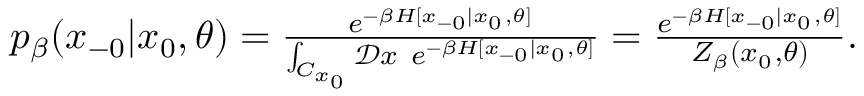
\begin{array} { r } { p _ { \beta } ( x _ { - 0 } | x _ { 0 } , \theta ) = \frac { e ^ { - \beta H [ x _ { - 0 } | x _ { 0 } , \theta ] } } { \int _ { C _ { x _ { 0 } } } \mathcal { D } x \ e ^ { - \beta H [ x _ { - 0 } | x _ { 0 } , \theta ] } } = \frac { e ^ { - \beta H [ x _ { - 0 } | x _ { 0 } , \theta ] } } { Z _ { \beta } ( x _ { 0 } , \theta ) } . } \end{array}